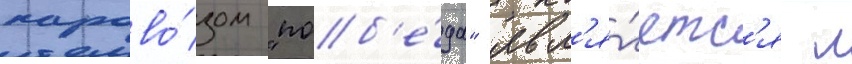
парово́зом "поб'е́да" явл'я́етс'я л